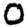
Digit: 0